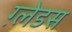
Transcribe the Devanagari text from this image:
ग़्लेडस